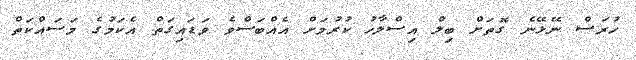
ހުރަސް ނޭޅޭނެ ގޮތަށް ބިލް އިސްލާހު ކުރުމަށް އެއްބަސްވެ ވަޑައިގަތް އެކަމުގެ މަސައްކަތް